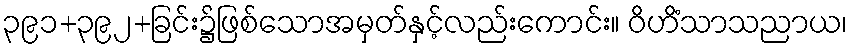
၃၉၁+၃၉၂+ခြင်း၌ဖြစ်သောအမှတ်နှင့်လည်းကောင်း။ ဝိဟိံသာသညာယ၊